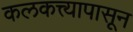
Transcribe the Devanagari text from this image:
कलकत्त्यापासून